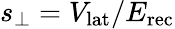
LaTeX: s_{\perp}=V_{\mathrm{lat}}/E_{\mathrm{rec}}